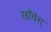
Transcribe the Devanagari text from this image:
खाँचेश्